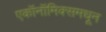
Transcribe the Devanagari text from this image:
एकॉनॉमिक्समधून